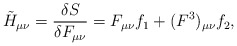
\begin{align*}\tilde{H}_{\mu\nu} = {\delta S\over\delta F_{\mu\nu}} = F_{\mu\nu} f_1 +(F^3)_{\mu\nu} f_2,\end{align*}